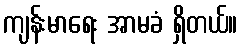
ကျန်းမာရေး အာမခံ ရှိတယ်။